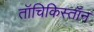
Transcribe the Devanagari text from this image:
तॉचिकिस्तॉन